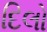
દિલો